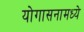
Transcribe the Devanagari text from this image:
योगासनामध्ये